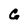
Character: C